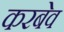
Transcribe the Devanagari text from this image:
करबेव